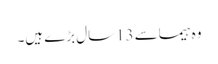
وہ ہیماسے 13سال بڑے ہیں۔